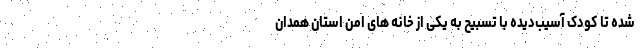
شده تا کودک آسیب‌دیده با تسبیح به یکی از خانه های امن استان همدان